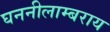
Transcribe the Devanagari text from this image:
घननीलाम्बराय